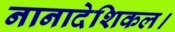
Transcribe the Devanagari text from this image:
नानादेशिकल।